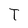
Character: T